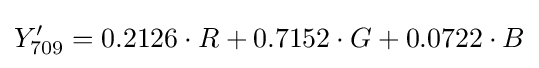
Y'_{\text{709}}=0.2126\cdot R+0.7152\cdot G+0.0722\cdot B